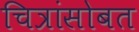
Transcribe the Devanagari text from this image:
चित्रांसोबत